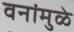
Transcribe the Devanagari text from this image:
वनांमुळे